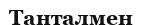
Танталмен